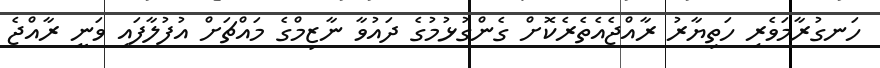
ހަނގުރާމަވެރި ހަތިޔާރު ރާއްޖެއެތެރެކޮށް ގެންގުޅުމުގެ ދައުވާ ނާޒިމްގެ މައްޗަށް އުފުލާފައި ވަނީ ރާއްޖެ